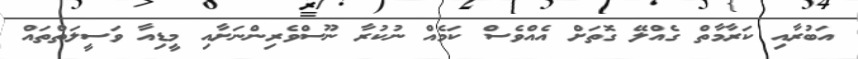
އަބުރާއި ކަރާމާތް ގެއްލޭ ގޮތަށް އެއްވެސް ކަމެއް ނުކުރާ ނޫސްވެރިންނަށާއި މީޑިއާ ވަސީލަތްތައް